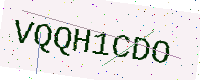
Text: VQQH1CDO